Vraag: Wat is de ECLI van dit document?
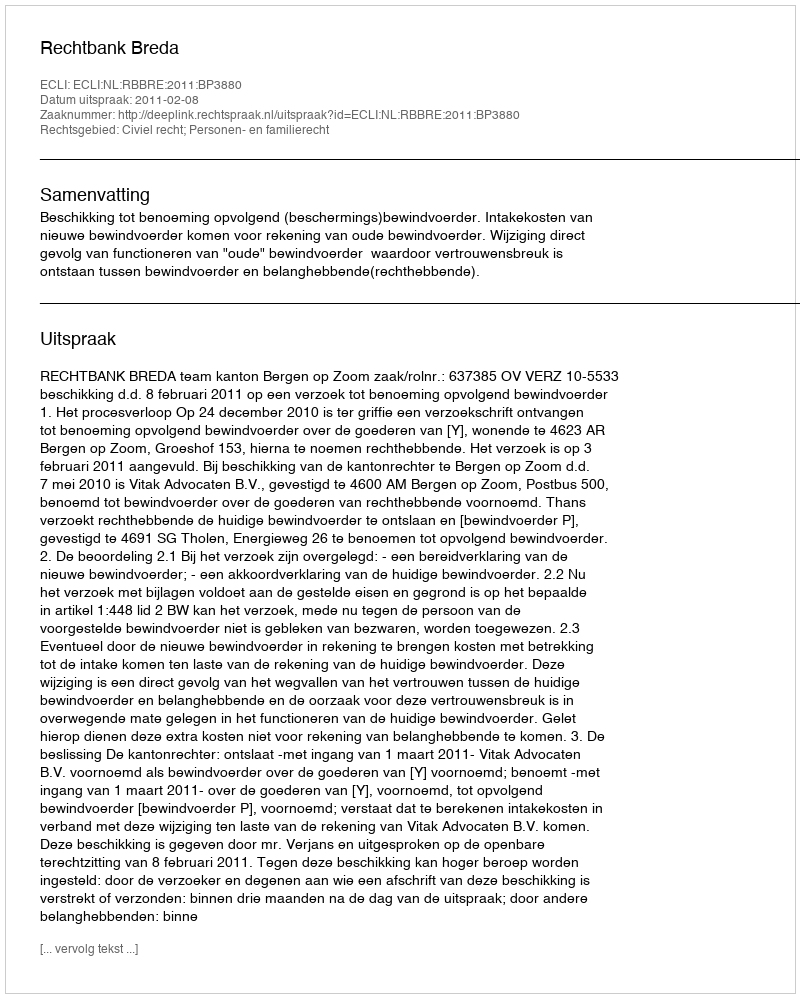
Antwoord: ECLI:NL:RBBRE:2011:BP3880